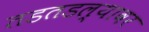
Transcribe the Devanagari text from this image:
तडतडल्यावर